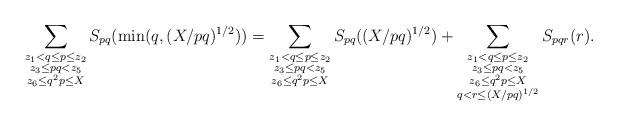
LaTeX: \begin{align*}\sum_{\substack{z_1<q\le p\le z_2\\ z_3\le p q<z_5\\ z_6\le q^2 p\le X}}S_{p q}(\min(q,(X/p q)^{1/2}))=\sum_{\substack{z_1<q\le p\le z_2\\ z_3\le p q<z_5\\ z_6\le q^2 p\le X}}S_{p q}((X/p q)^{1/2})+\sum_{\substack{z_1<q\le p\le z_2\\ z_3\le p q<z_5\\ z_6\le q^2 p\le X\\ q<r\le (X/p q)^{1/2} \\}}S_{p q r}(r).\end{align*}